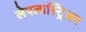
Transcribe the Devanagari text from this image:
लेपलास्ट्रिअर